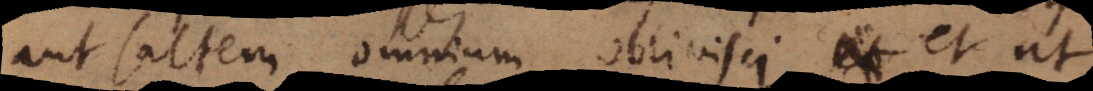
aut saltem omnium oblivisci, et ut